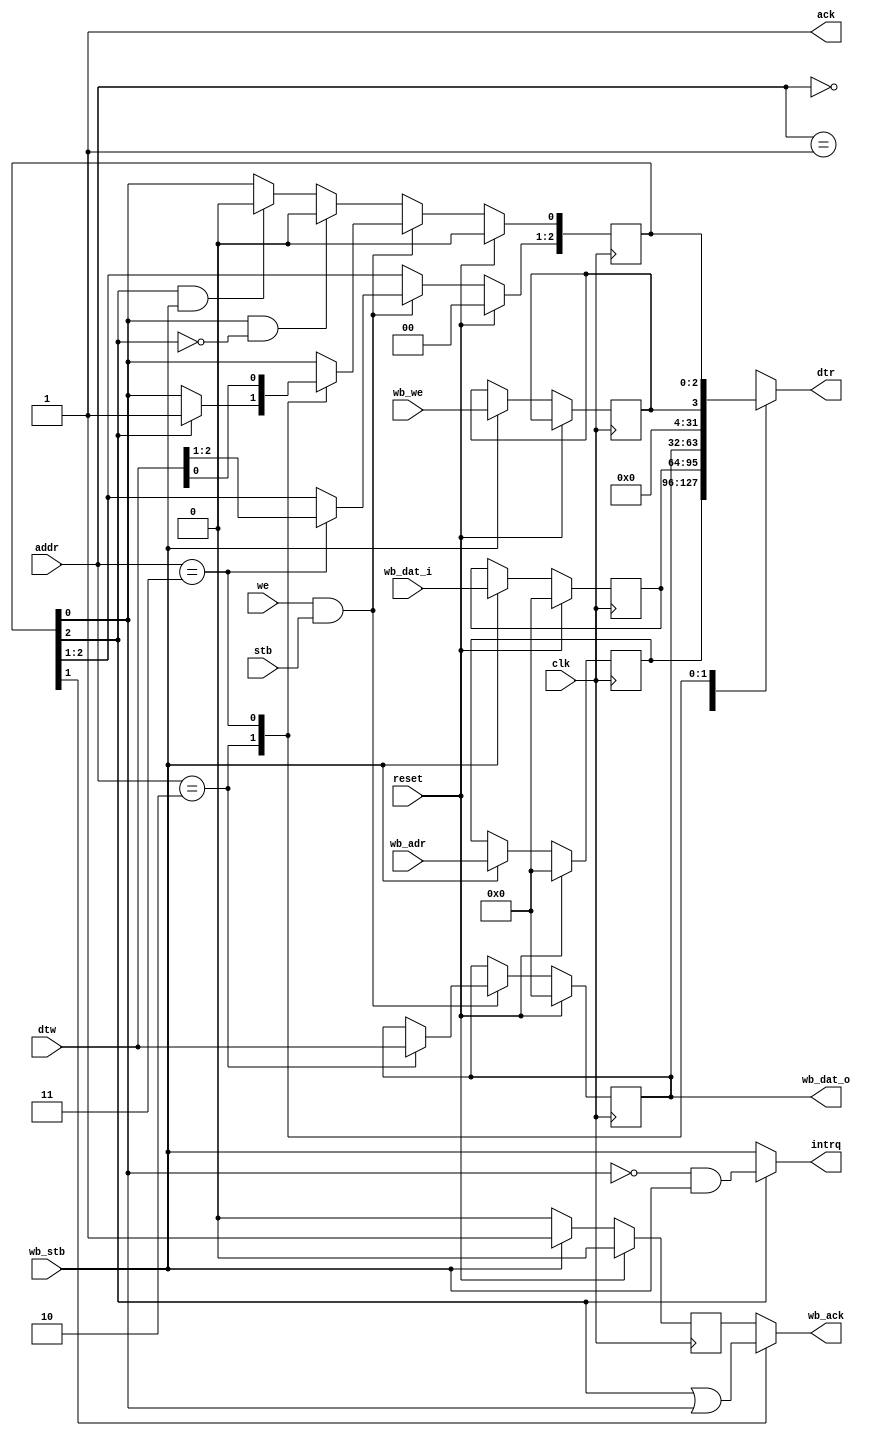
/**
 * Copyright (c) 2020 The HSC Core Authors
 * 
 * Licensed under the Apache License, Version 2.0 (the "License");
 * you may not use this file except in compliance with the License.
 * You may obtain a copy of the License at
 * 
 *     https://www.apache.org/licenses/LICENSE-2.0
 * 
 * Unless required by applicable law or agreed to in writing, software
 * distributed under the License is distributed on an "AS IS" BASIS,
 * WITHOUT WARRANTIES OR CONDITIONS OF ANY KIND, either express or implied.
 * See the License for the specific language governing permissions and
 * limitations under the License. SPDX-License-Identifier: Apache-2.0
 * 
 * @file   dev_wb.v
 * @author Kevin Dai <kevindai02@outlook.com>
 * @date   Created on December 22 2020, 12:43 AM
 */

module dev_wb (
    input wire clk,
    input wire reset,

    // Wishbone input
    input wire wb_stb,
    input wire wb_we,
    input wire[31:0] wb_dat_i,
    input wire[31:0] wb_adr,
    
    output wire wb_ack,
    output wire[31:0] wb_dat_o,

    // Memory bus
    input wire stb,
    output wire ack,
    input wire we,
    output reg[31:0] dtr,
    input wire[31:0] dtw,
    input wire[1:0] addr,

    // Interrupt output
    output wire intrq
);
    reg[31:0] r_adr, r_dtw, r_dtr;
    reg r_we, r_wb_ack;
    reg[2:0] r_cfg;
    assign wb_dat_o = r_dtr;
    assign wb_ack = r_cfg[1] ? r_cfg[2] | r_cfg[0] : r_wb_ack;
    assign intrq = r_cfg[2] ? (~r_cfg[0]) & wb_stb : wb_stb;
    
    // Stores incoming wb req (drives: r_dtw, r_adr, r_wb_ack)
    always @(posedge clk) if(reset) begin
        r_dtw <= 0;
        r_adr <= 0;
        r_wb_ack <= 0;
    end else begin
        if(wb_stb) begin
            r_wb_ack <= 1;
            r_we <= wb_we;
            r_dtw <= wb_dat_i;
            r_adr <= wb_adr;
        end else if(r_wb_ack) begin
            r_wb_ack <= 0;
        end
    end

    // Accept writes to register (drives: r_dtr)
    assign ack = 1;
    always @(posedge clk) if(reset) begin
        r_dtr <= 0;
        r_cfg <= 0;
    end else begin
        if(we && stb) case(addr)
            2: begin
                r_dtr <= dtw;
                r_cfg[0] <= r_cfg[2] ? 1 : r_cfg[0];
            end
            3: r_cfg <= dtw[2:0];
            default: begin end
        endcase else if(r_cfg[0] && !r_cfg[2]) begin
            r_cfg[0] <= 0;
        end else if(r_cfg[2] && wb_stb) begin
            r_cfg[0] <= 0;
        end
    end

    // Read
    always @(*) case(addr)
        0: dtr = r_adr;
        1: dtr = r_dtw;
        2: dtr = r_dtr;
        3: dtr = { 28'b0, r_we, r_cfg };
        default: dtr = 0; // Paranoid default
    endcase
endmodule